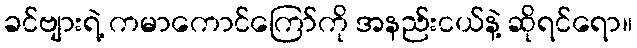
ခင်ဗျားရဲ့ ကမာကောင်ကြော်ကို အနည်းငယ်နဲ့ ဆိုရင်ရော။